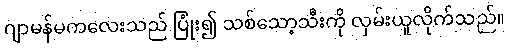
ဂျာမန်မကလေးသည် ပြုံး၍ သစ်သော့သီးကို လှမ်းယူလိုက်သည်။